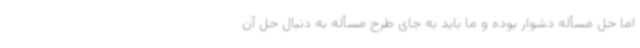
اما حل مسأله دشوار بوده و ما باید به جای طرح مسأله به دنبال حل آن